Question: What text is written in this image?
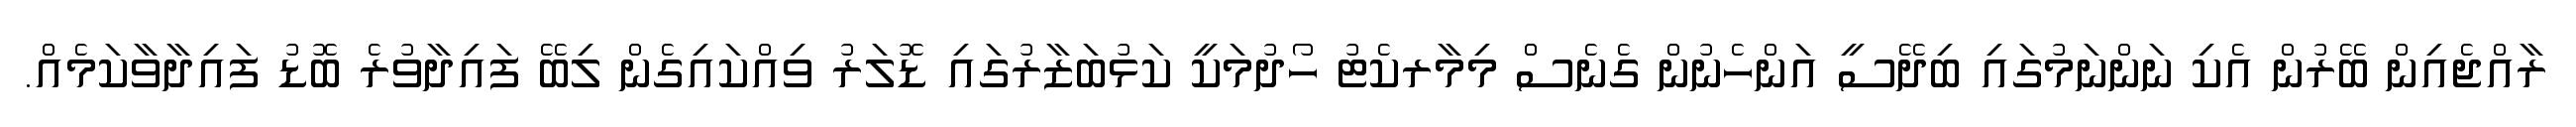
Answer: ރާއްޖެއިން ބޭރުން އެކި ނަންނަމުގައި ބިދޭސީ އަންހެނުން ގެނެސް މިމާރކެޓު ހޯދުމަކީ ކަޅުބަޒާރުގައި ޑޮލަރު ވިއްކައިގެން ލިބޭ ފައިދާވުރެ ބޮޑު ފައިދާވާކަމެއް.